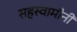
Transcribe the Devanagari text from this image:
सहस्वामीनी